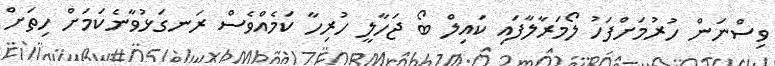
ވިސްނަން ހުރުމަށްފަހު ލޯމަރާލާފައި ކައިލް ބޯ ޖަހާލީ ހުރިހާ ކަމެއްވެސް ރަނގަޅުވާނެކަމަށް ހިތަށް